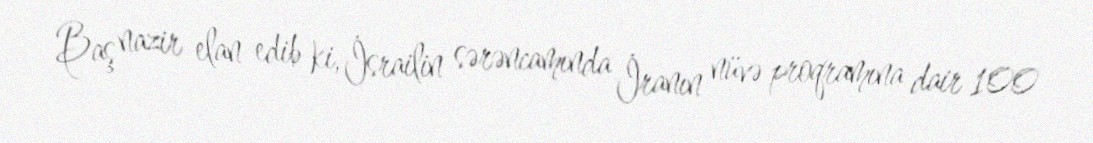
Baş nazir elan edib ki, İsrailin sərəncamında İranın nüvə proqramına dair 100